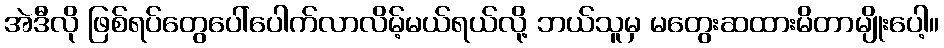
အဲဒီလို ဖြစ်ရပ်တွေပေါ်ပေါက်လာလိမ့်မယ်ရယ်လို့ ဘယ်သူမှ မတွေးဆထားမိတာမျိုးပေါ့။